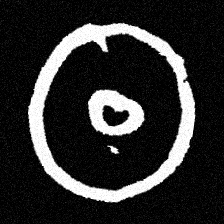
Pyu character \u2014 Myanmar letter: ထ (romanized: tha)